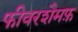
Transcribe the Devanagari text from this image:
फीवरशैमफ़